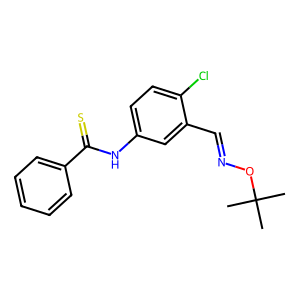
SMILES: CC(C)(C)ON=Cc1cc(NC(=S)c2ccccc2)ccc1Cl
Inhibits HIV replication: Yes